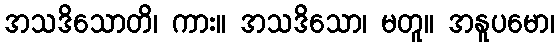
အသဒိသောတိ၊ ကား။ အသဒိသော၊ မတူ။ အနူပမော၊